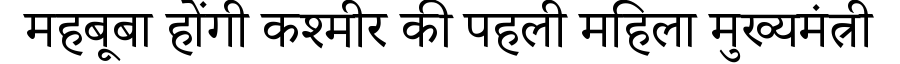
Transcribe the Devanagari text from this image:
महबूबा होंगी कश्मीर की पहली महिला मुख्यमंत्री